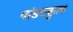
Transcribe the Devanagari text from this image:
पांडवकुल